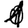
Digit: 1